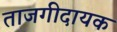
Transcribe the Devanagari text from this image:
ताजगीदायक